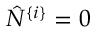
\hat { N } ^ { \{ i \} } = 0